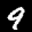
Label: 9